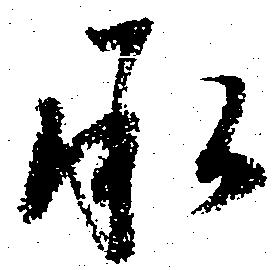
承